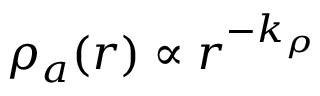
\rho _ { a } ( r ) \propto r ^ { - k _ { \rho } }